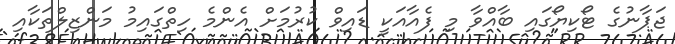
ޖަޕާނުގެ ޓޯކިޔޯގައި ބާއްވާ މި ފެއާއަކީ ޑައިވް ކުރުމަށް އެންމެ ހިތްގައިމު މަންޒިލްތަކާއި